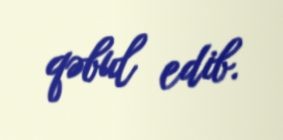
qəbul edib.